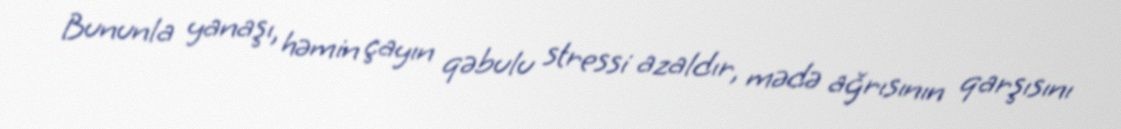
Bununla yanaşı, həmin çayın qəbulu stressi azaldır, mədə ağrısının qarşısını